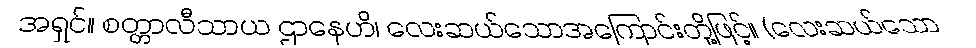
အရှင်။ စတ္တာလီသာယ ဌာနေဟိ၊ လေးဆယ်သောအကြောင်းတို့ဖြင့်။ (လေးဆယ်သော